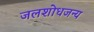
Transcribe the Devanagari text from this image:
जलशोधजन्य